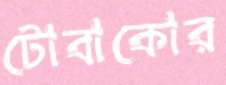
টোবাকোর